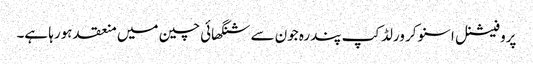
پروفیشنل اسنوکر ورلڈکپ پندرہ جون سے شنگھائی چین میں منعقد ہورہا ہے۔